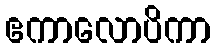
ဧကာလောပိကာ